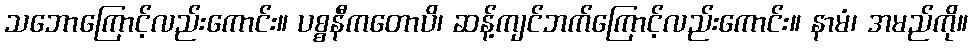
သဘောကြောင့်လည်းကောင်း။ ပစ္စနီကတောပိ၊ ဆန့်ကျင်ဘက်ကြောင့်လည်းကောင်း။ နာမံ၊ အမည်ကို။